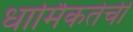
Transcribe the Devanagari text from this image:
धार्मिकतेची